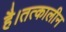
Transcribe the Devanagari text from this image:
है।तत्कालीन